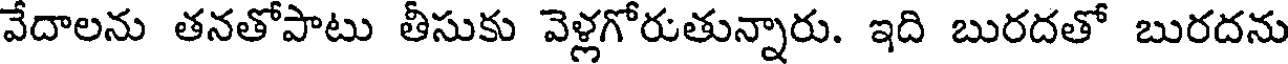
వేదాలను తనతోపాటు తీసుకు వెళ్లగోరుతున్నారు. ఇది బురదతో బురదను